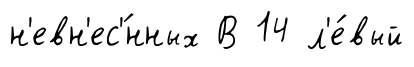
н'евн'ес'́нных В 14 л'е́вый